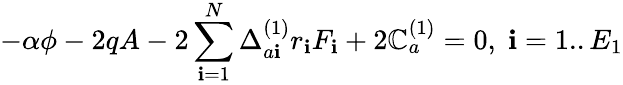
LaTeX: -\alpha\phi-2qA-2\sum_{\mathbf{i}=1}^{N}\Delta_{a\mathbf{i}}^{(1)}r_{\mathbf{i}}F_{\mathbf{i}}+2\mathbb{C}_{a}^{(1)}=0,\; \mathbf{i}=1..E_{1}